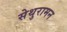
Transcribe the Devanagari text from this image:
सेथुरामन